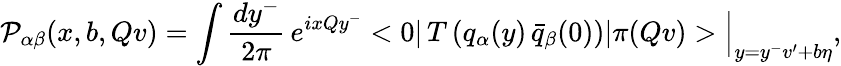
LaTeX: {\cal P}_{\alpha\beta}(x,b,Qv)=\int{\frac{dy^{-}}{2\pi}}\, e^{ixQy^{-}}<0|\, T\left(q_{\alpha}(y)\, \bar{q}_{\beta}(0)\right)|\pi(Qv)>\Big|_{y=y^{-}v^{\prime}+b\eta},